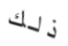
ذلك